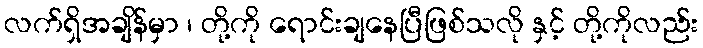
လက်ရှိအချိန်မှာ ၊ တို့ကို ရောင်းချနေပြီဖြစ်သလို နှင့် တို့ကိုလည်း